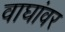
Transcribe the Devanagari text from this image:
वाघांवर